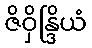
ဇိဝှိန္ဒြိယံ